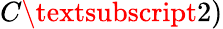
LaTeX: C\textsubscript{2})